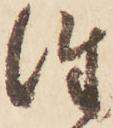
往